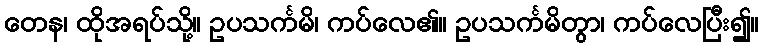
တေန၊ ထိုအရပ်သို့။ ဥပသင်္ကမိ၊ ကပ်လေ၏။ ဥပသင်္ကမိတွာ၊ ကပ်လေပြီး၍။